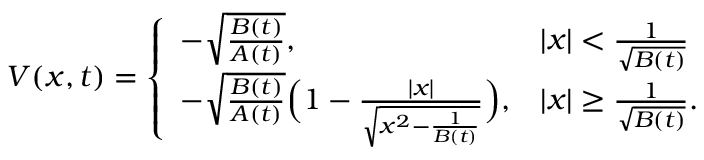
\begin{array} { r } { V ( x , t ) = \left\{ \begin{array} { l l } { - \sqrt { \frac { B ( t ) } { A ( t ) } } , } & { | x | < \frac { 1 } { \sqrt { B ( t ) } } } \\ { - \sqrt { \frac { B ( t ) } { A ( t ) } } \Big ( 1 - \frac { | x | } { \sqrt { x ^ { 2 } - \frac { 1 } { B ( t ) } } } \Big ) , } & { | x | \geq \frac { 1 } { \sqrt { B ( t ) } } . } \end{array} \right. } \end{array}